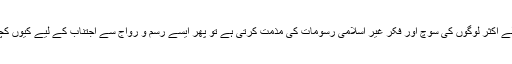
جب معاشرے میں بسنے والے اکثر لوگوں کی سوچ اور فکر غیر اسلامی رسومات کی مذمت کرتی ہے تو پھر ایسے رسم و رواج سے اجتناب کے لیے کیوں کچھ اقدامات نہیں کیے جاتے؟